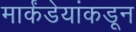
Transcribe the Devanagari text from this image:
मार्कंडेयांकडून